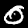
Label: 0